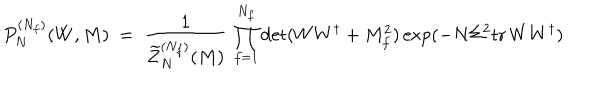
P _ { N } ^ { ( N _ { f } ) } ( W , M ) \ = \ \frac { 1 } { \widetilde { Z } _ { N } ^ { ( N _ { f } ) } ( M ) } \, \prod _ { f = 1 } ^ { N _ { f } } \det ( W W ^ { \dagger } + M _ { f } ^ { 2 } ) \exp ( - N \Sigma ^ { 2 } { \mathrm { t r } \, } W W ^ { \dagger } )